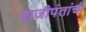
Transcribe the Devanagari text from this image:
बाजीपंतांची